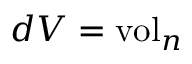
d V = \operatorname { v o l } _ { n }